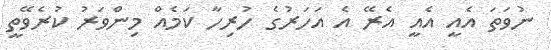
ނުވަތަ އެއީ އެއީ އެރޭ އެ އަހަރުގެ ހުރިހާ ކަމެއް މިންވަރު ކުރެވޭތީ